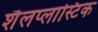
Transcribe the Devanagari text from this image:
शैलप्लास्टिक